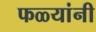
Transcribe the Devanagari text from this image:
फळ्यांनी